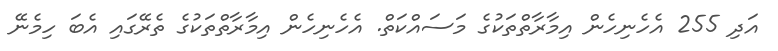
އަދި 255 އެހެނިހެން އިމާރާތްތަކުގެ މަސައްކަތް. އެހެނިހެން އިމާރާތްތަކުގެ ތެރޭގައި އެބަ ހިމެނޭ